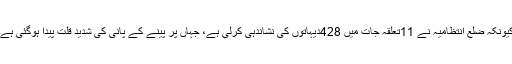
کیونکہ ضلع انتظامیہ نے 11تعلقہ جات میں 428دیہاتوں کی نشاندہی کرلی ہے، جہاں پر پینے کے پانی کی شدید قلت پیدا ہوگئی ہے۔